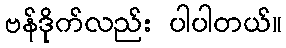
ဗန်ဒိုက်လည်း ပါပါတယ်။